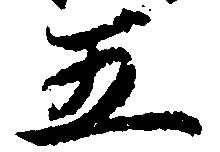
五